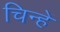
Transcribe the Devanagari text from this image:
चिन्हें